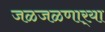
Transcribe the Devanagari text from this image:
जळजळणार्‍या